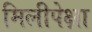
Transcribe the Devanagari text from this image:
मिलीपेक्षा